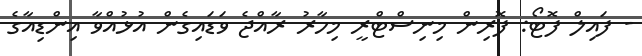
- ފައިލް ފޮޓޯ: ފޮރިން މިނިސްޓްރީ މިހާރު ރާއްޖެ ވަޑައިގެން އުޅުއްވާ އިންޑިއާގެ